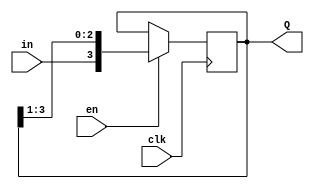
module shiftreg(Q,en,in,clk);
    parameter n=4;
    input en,in,clk;
    output [n-1:0] Q;
    reg [n-1:0] Q;
    
    initial
    Q = 4'b1010;
    always @(posedge clk)
       begin
            if(en)
               Q = {in,Q[n-1:1]};
           end
endmodule

module shiftreg2(Q,en,in,clk);
    parameter n=4;
    input en,in,clk;
    output [n-1:0] Q;
    reg [n-1:0] Q;
    
    initial
    Q = 4'b1010;
    always @(posedge clk)
       begin
           if(en)
           begin
               Q[0]<=Q[1];
               Q[1]<=Q[2];
               Q[2]<=Q[3];
               Q[3]<=in;
           end
       end
endmodule